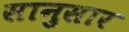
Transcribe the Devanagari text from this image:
सानुसार